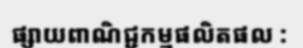
ផ្សាយពាណិជ្ជកម្មផលិតផល :